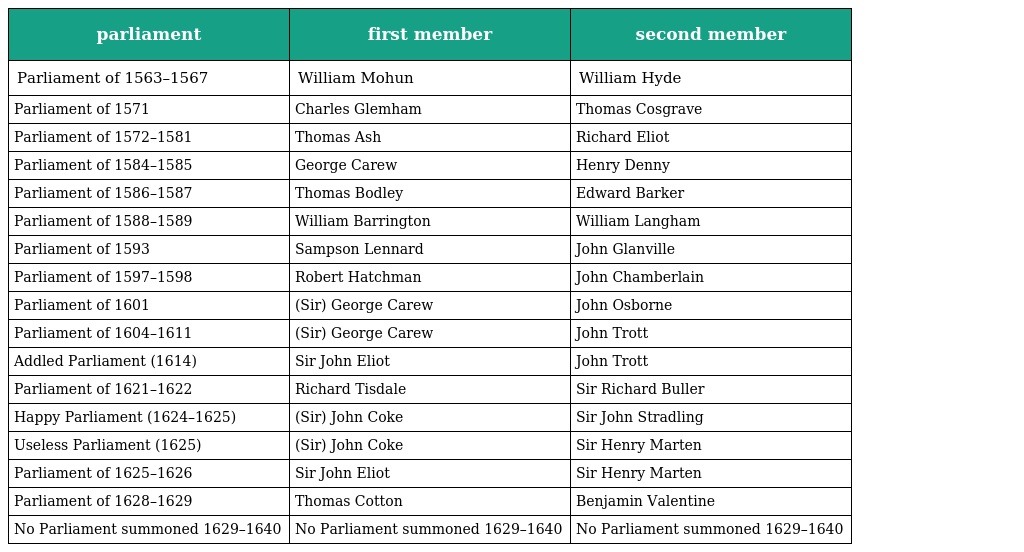
| parliament | first member | second member |
 | --- | --- | --- |
 | Parliament of 1563–1567 | William Mohun | William Hyde |
 | Parliament of 1571 | Charles Glemham | Thomas Cosgrave |
 | Parliament of 1572–1581 | Thomas Ash | Richard Eliot |
 | Parliament of 1584–1585 | George Carew | Henry Denny |
 | Parliament of 1586–1587 | Thomas Bodley | Edward Barker |
 | Parliament of 1588–1589 | William Barrington | William Langham |
 | Parliament of 1593 | Sampson Lennard | John Glanville |
 | Parliament of 1597–1598 | Robert Hatchman | John Chamberlain |
 | Parliament of 1601 | (Sir) George Carew | John Osborne |
 | Parliament of 1604–1611 | (Sir) George Carew | John Trott |
 | Addled Parliament (1614) | Sir John Eliot | John Trott |
 | Parliament of 1621–1622 | Richard Tisdale | Sir Richard Buller |
 | Happy Parliament (1624–1625) | (Sir) John Coke | Sir John Stradling |
 | Useless Parliament (1625) | (Sir) John Coke | Sir Henry Marten |
 | Parliament of 1625–1626 | Sir John Eliot | Sir Henry Marten |
 | Parliament of 1628–1629 | Thomas Cotton | Benjamin Valentine |
 | No Parliament summoned 1629–1640 | No Parliament summoned 1629–1640 | No Parliament summoned 1629–1640 |